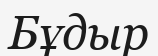
Бұдыр